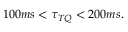
1 0 0 m s < \tau _ { T Q } < 2 0 0 m s .